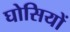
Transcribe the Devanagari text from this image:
घोसियों